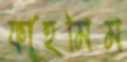
ফাহমিম